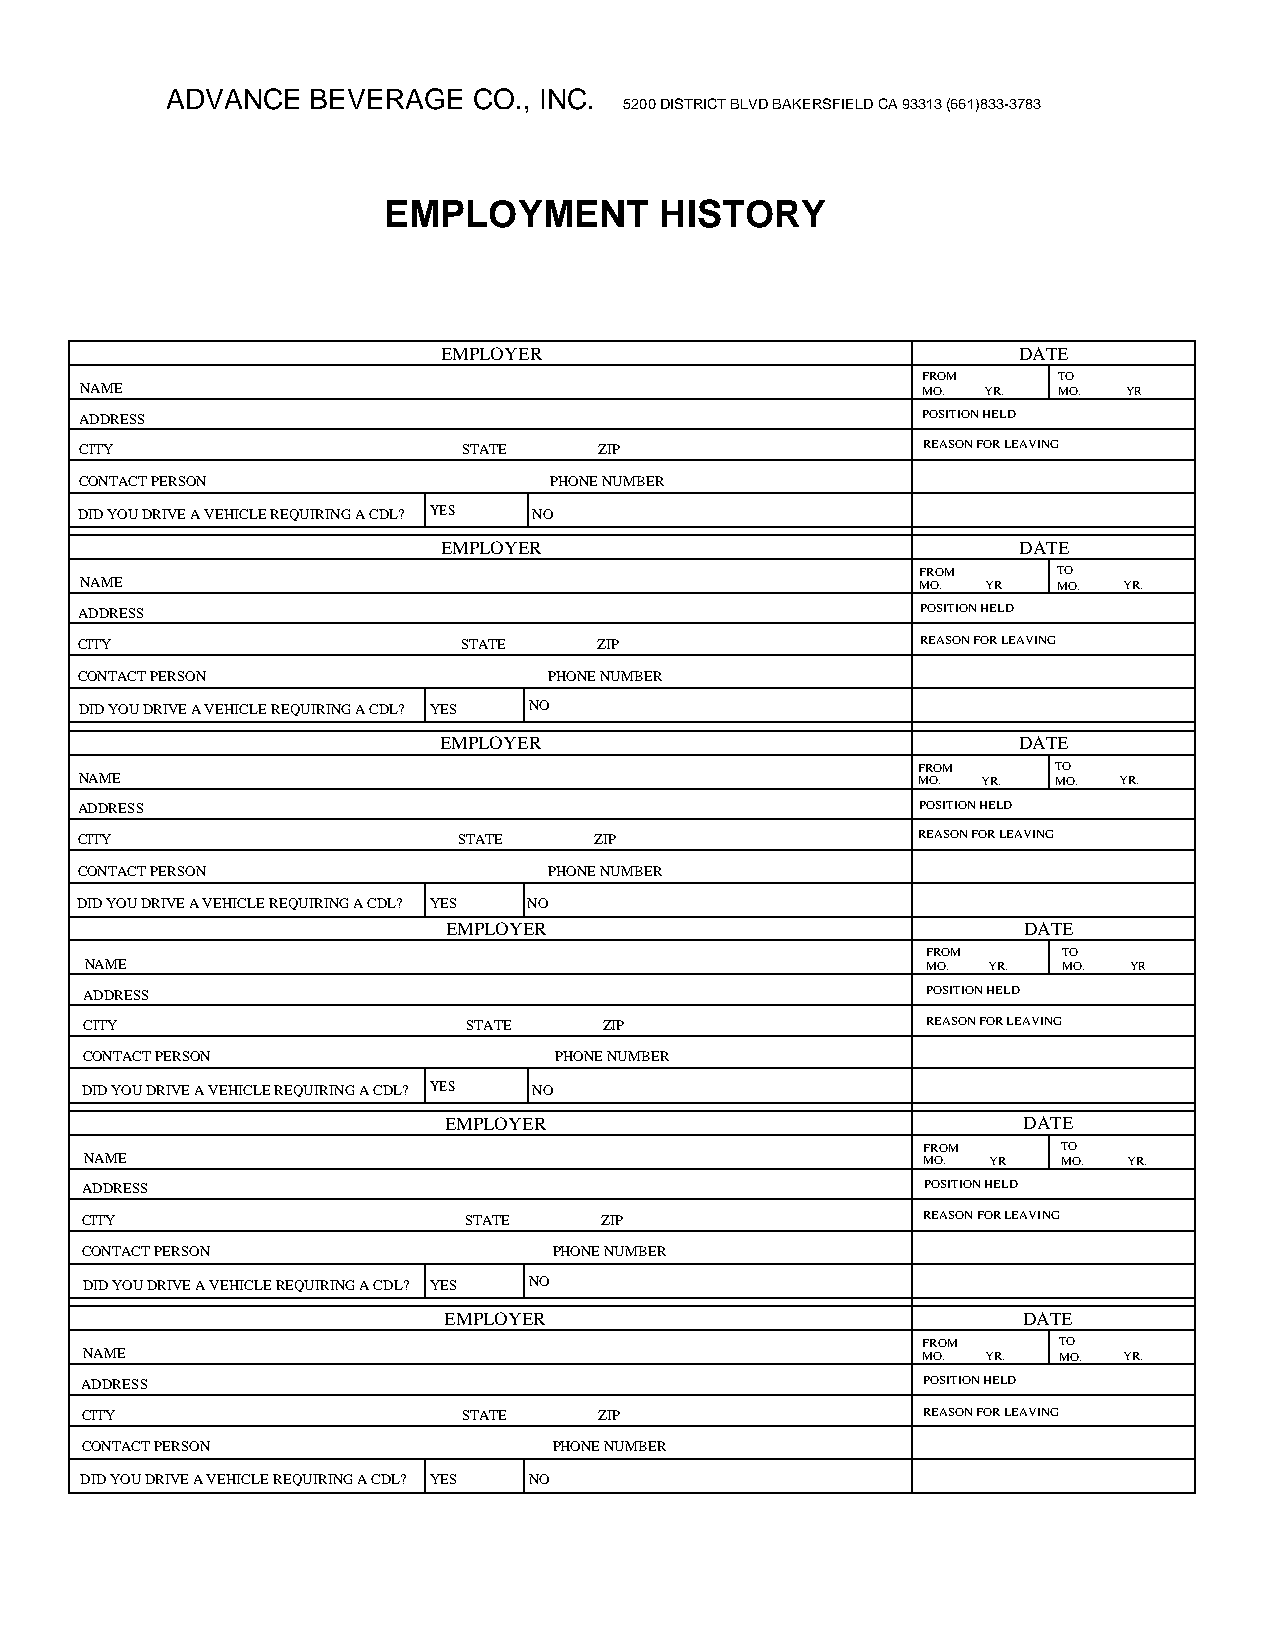
ADVANCE   BEVERAGE  CO., INC.
 5200 DISTRICT BLVD BAKERSFIELD CA 93313 (661)833-3783
 EMPLOYMENT         HISTORY
 EMPLOYER                              DATE
 FROM     TO
 NAME                                                    MO. YR.  MO.  YR
 ADDRESS                                                 POSITION HELD
 CITY                      STATE    ZIP                  REASON FOR LEAVING
 CONTACT PERSON                 PHONE NUMBER
 DID YOU DRIVE A VEHICLE REQUIRING A CDL? YES NO
 EMPLOYER                              DATE
 FROM     TO
 NAME                                                    MO. YR   MO. YR.
 ADDRESS                                                 POSITION HELD
 CITY                      STATE    ZIP                  REASON FOR LEAVING
 CONTACT PERSON                 PHONE NUMBER
 DID YOU DRIVE A VEHICLE REQUIRING A CDL? YES NO
 EMPLOYER                              DATE
 FROM     TO
 NAME                                                    MO. YR.  MO. YR.
 ADDRESS                                                 POSITION HELD
 CITY                     STATE    ZIP                   REASON FOR LEAVING
 CONTACT PERSON                 PHONE NUMBER
 DID YOU DRIVE A VEHICLE REQUIRING A CDL? YES NO
 EMPLOYER                              DATE
 FROM     TO
 NAME                                                   MO. YR.  MO.  YR
 ADDRESS                                                POSITION HELD
 CITY                     STATE    ZIP                  REASON FOR LEAVING
 CONTACT PERSON                  PHONE NUMBER
 DID YOU DRIVE A VEHICLE REQUIRING A CDL? YES NO
 EMPLOYER                               DATE
 FROM     TO
 NAME                                                   MO. YR   MO.  YR.
 ADDRESS                                                 POSITION HELD
 CITY                      STATE    ZIP                  REASON FOR LEAVING
 CONTACT PERSON                  PHONE NUMBER
 DID YOU DRIVE A VEHICLE REQUIRING A CDL? YES NO
 EMPLOYER                               DATE
 FROM     TO
 NAME                                                    MO. YR.  MO. YR.
 ADDRESS                                                 POSITION HELD
 CITY                      STATE    ZIP                  REASON FOR LEAVING
 CONTACT PERSON                  PHONE NUMBER
 DID YOU DRIVE A VEHICLE REQUIRING A CDL? YES NO